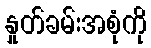
နှုတ်ခမ်းအစုံကို